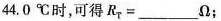
44.0℃时，可得R_{T}=___Ω；